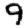
Digit: 9